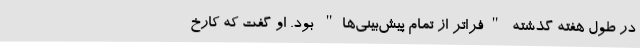
در طول هفته گذشته "فراتر از تمام پیش‌بینی‌ها" بود. او گفت که کارخ